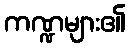
ကဏ္ဍများ၏